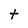
Character: t